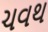
ચવથ